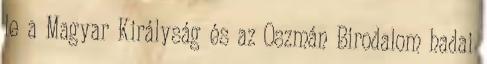
le a Magyar Királyság és az Oszmán Birodalom hadai